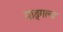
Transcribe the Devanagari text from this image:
माङ्गल्य